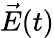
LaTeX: \vec{E}(t)